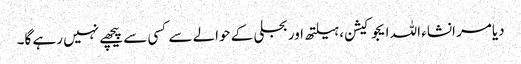
دیامر انشاء اللہ ایجوکیشن، ہیلتھ اور بجلی کے حوالے سے کسی سے پیچھے نہیں رہے گا۔